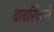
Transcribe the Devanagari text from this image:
वावरिंकाने